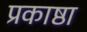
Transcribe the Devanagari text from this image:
प्रकाष्ठा